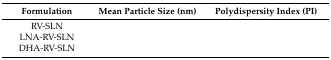
<table><thead><tr><td><b>Formulation</b></td><td><b>Mean Particle Size (nm)</b></td><td><b>Polydispersity Index (PI)</b></td></tr></thead><tbody><tr><td>RV-SLN</td><td>[EMPTY_CELL]</td><td>[EMPTY_CELL]</td></tr><tr><td>LNA-RV-SLN</td><td>[EMPTY_CELL]</td><td>[EMPTY_CELL]</td></tr><tr><td>DHA-RV-SLN</td><td>[EMPTY_CELL]</td><td>[EMPTY_CELL]</td></tr></tbody></table>